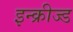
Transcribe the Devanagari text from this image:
इन्क्रीज्ड